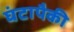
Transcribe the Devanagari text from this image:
घंटापैकी